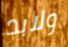
ولابد